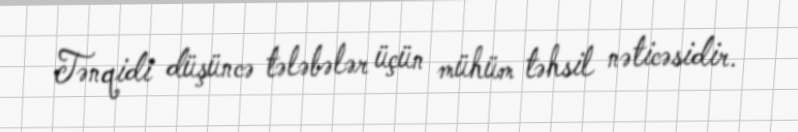
Tənqidi düşüncə tələbələr üçün mühüm təhsil nəticəsidir.